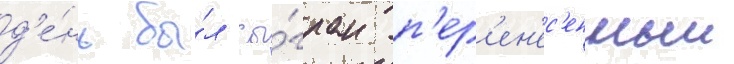
д'е́нь бы́л сы́гран п'ер'ен'ес'енныи